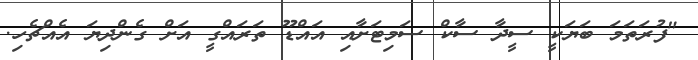
"ފުރަތަމަ ބަޔަކީ ސީދާ ސާކް ސަމިޓަށާއި އައްޑޫ ތަރައްގީ އަށް ގެންދިޔަ އެއްޗެހި.